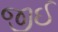
જીઈ